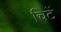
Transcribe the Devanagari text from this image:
चिटें